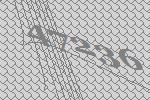
47236